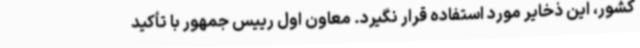
کشور، این ذخایر مورد استفاده قرار نگیرد. معاون اول رییس جمهور با تأکید